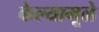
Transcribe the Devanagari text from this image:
केल्यामूळे